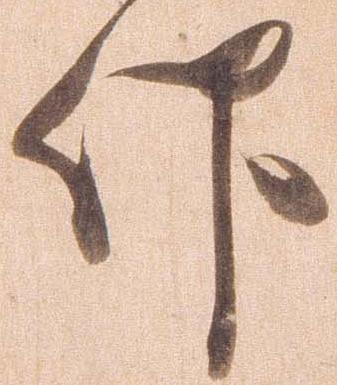
仰